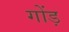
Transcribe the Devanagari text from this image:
गोंड़